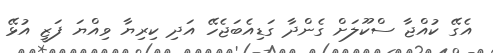
އެގޭ ކުއްޖާ ސްކޫލަށް ގެންދާ ގަޑިއެބަޖެހޭ އަދި ކިރިޔާ ވިއްޔަ ފަޒީ އުޅޭ